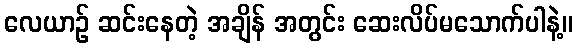
လေယာဉ် ဆင်းနေတဲ့ အချိန် အတွင်း ဆေးလိပ်မသောက်ပါနဲ့။